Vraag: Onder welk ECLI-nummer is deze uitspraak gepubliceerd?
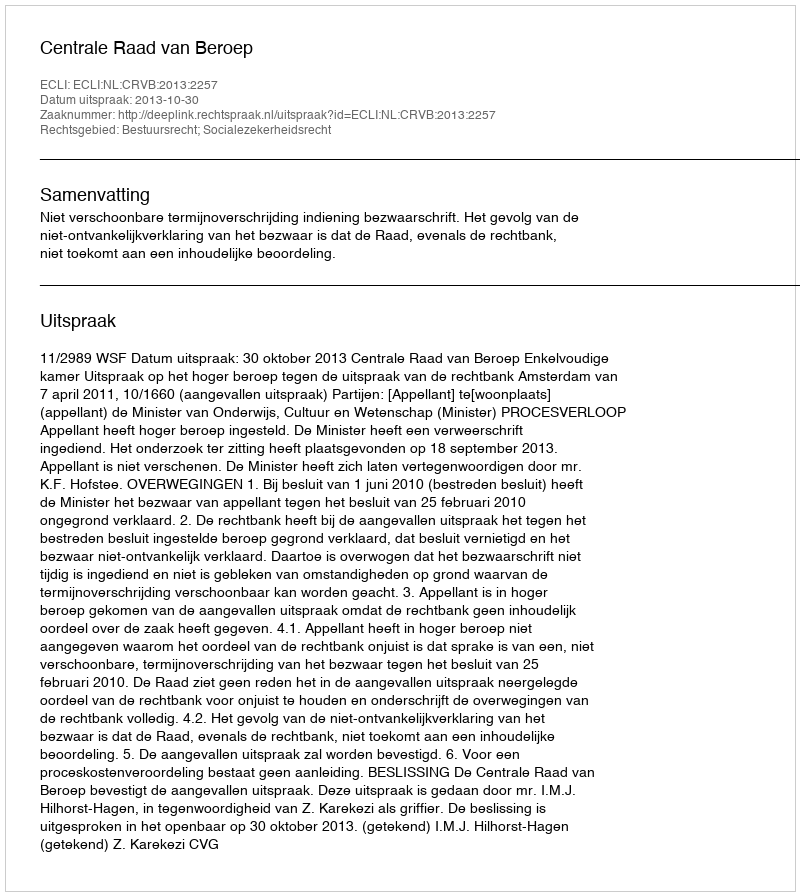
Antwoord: ECLI:NL:CRVB:2013:2257